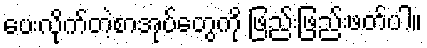
ပေးလိုက်တဲ့စာအုပ်တွေကို ဖြည်းဖြည်းဖတ်ပါ။